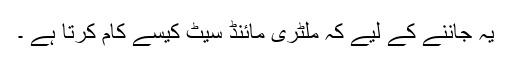
یہ جاننے کے لیے کہ ملٹری مائنڈ سیٹ کیسے کام کرتا ہے ۔